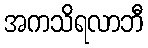
အကသိရလာဘီ